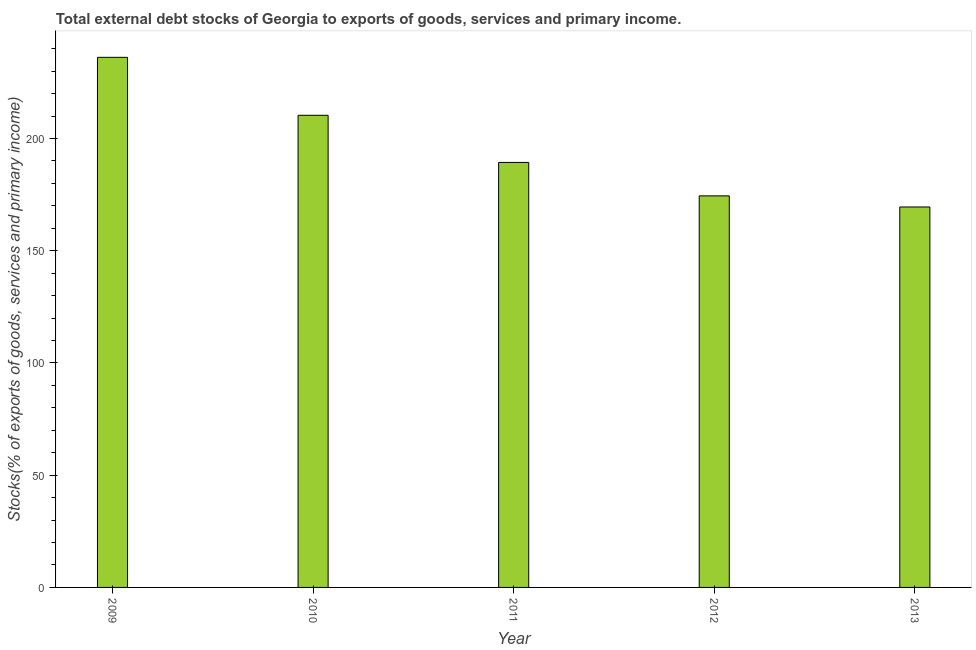
| Year | External debt stocks (% of exports of goods |
 | --- | --- |
 | 2009 | 236 |
 | 2010 | 210 |
 | 2011 | 189 |
 | 2012 | 174 |
 | 2013 | 169 |